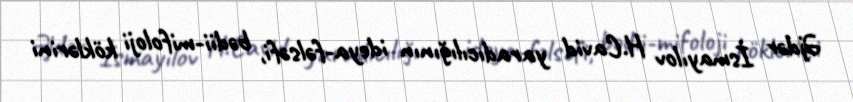
Əjdər İsmayılov H.Cavid yaradıcılığının ideya-fəlsəfi, bədii-mifoloji köklərini